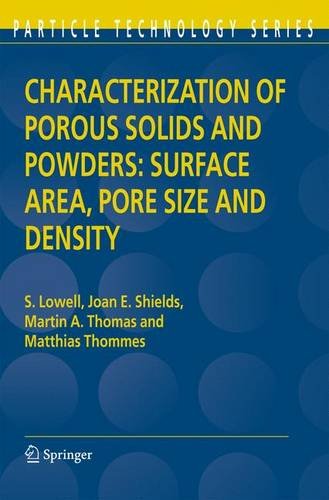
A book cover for Characterization of Porous Solids and Powders: Surface Area, Pore Size and Density (Particle Technology Series); S. Lowell; Science & Math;